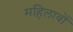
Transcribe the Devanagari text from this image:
महिलावों